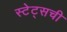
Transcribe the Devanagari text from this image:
स्टेट्‌सची